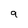
Character: 9